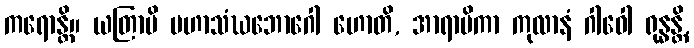
ကရောန္တိ။ ယတြာပိ မဟာသံဃဘောဂေါ ဟောတိ, အာရာမိကာ ကုလာနံ ဂါဝေါ ရုန္ဓန္တိ,